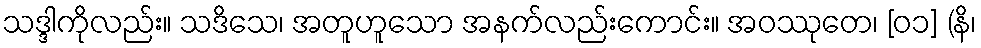
သဒ္ဒါကိုလည်း။ သဒိသေ၊ အတူဟူသော အနက်လည်းကောင်း။ အဝဿုတေ၊ [၀၁] (နိ၊